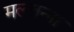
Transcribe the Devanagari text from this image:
मल्लन्ना